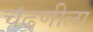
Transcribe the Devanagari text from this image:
चढणीला